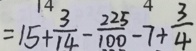
= 1 5 + \frac { 3 } { 1 4 } - \frac { 2 2 5 } { 1 0 0 } - 7 + \frac { 3 } { 4 }